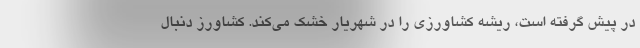
در پیش گرفته است، ریشه کشاورزی را در شهریار خشک می‌کند. کشاورز دنبال